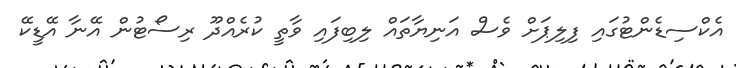
އެކްސިޑެންޓުގައި ފިލިޕަށް ވެސް އަނިޔާތައް ލިބިފައި ވާތީ ކުރެއްދޫ ރިސޯޓުން އޭނާ އޭޑީކޭ